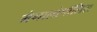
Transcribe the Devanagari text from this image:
मेगालोपॉलिस